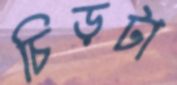
চিড়টা